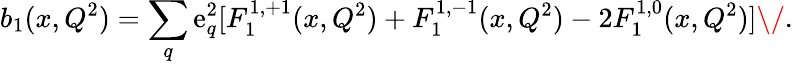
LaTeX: b_{1}(x,Q^{2})=\sum_{q}\mathrm{e}_{q}^{2}[F_{1}^{1,+1}(x,Q^{2})+F_{1}^{1,-1}(x,Q^{2})-2F_{1}^{1,0}(x,Q^{2})]\/ .